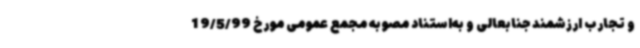
و تجارب ارزشمند جنابعالی و به‌استناد مصوبه مجمع عمومی مورخ 19/5/99